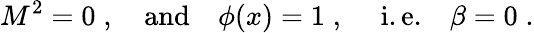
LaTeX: M^{2}=0\; ,\quad\mathrm{and}\quad\phi(x)=1\; ,\quad\mathrm{{\mathit~i.e.}}\quad\beta=0\; .